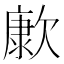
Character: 㱂